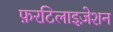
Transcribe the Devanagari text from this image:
फ़रटिलाइज़ेशन